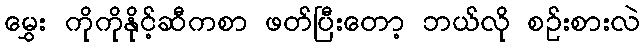
မွှေး ကိုကိုနိုင့်ဆီကစာ ဖတ်ပြီးတော့ ဘယ်လို စဉ်းစားလဲ